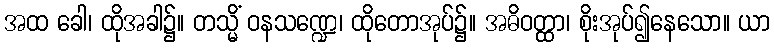
အထ ခေါ၊ ထိုအခါ၌။ တသ္မိံ ဝနသဏ္ဍေ၊ ထိုတောအုပ်၌။ အဓိဝတ္ထာ၊ စိုးအုပ်၍နေသော။ ယာ